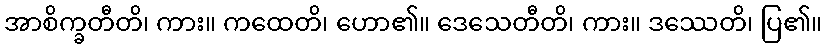
အာစိက္ခတီတိ၊ ကား။ ကထေတိ၊ ဟော၏။ ဒေသေတီတိ၊ ကား။ ဒဿေတိ၊ ပြ၏။